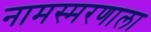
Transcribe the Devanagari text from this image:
नामस्मरणाला